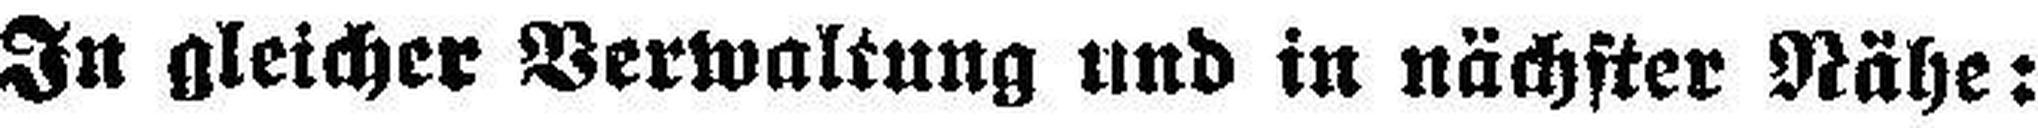
In gleicher Verwaltung und in nächster Nähe: